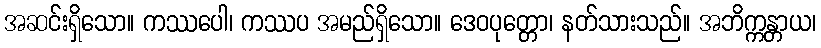
အဆင်းရှိသော။ ကဿပေါ၊ ကဿပ အမည်ရှိသော။ ဒေဝပုတ္တော၊ နတ်သားသည်။ အဘိက္ကန္တာယ၊